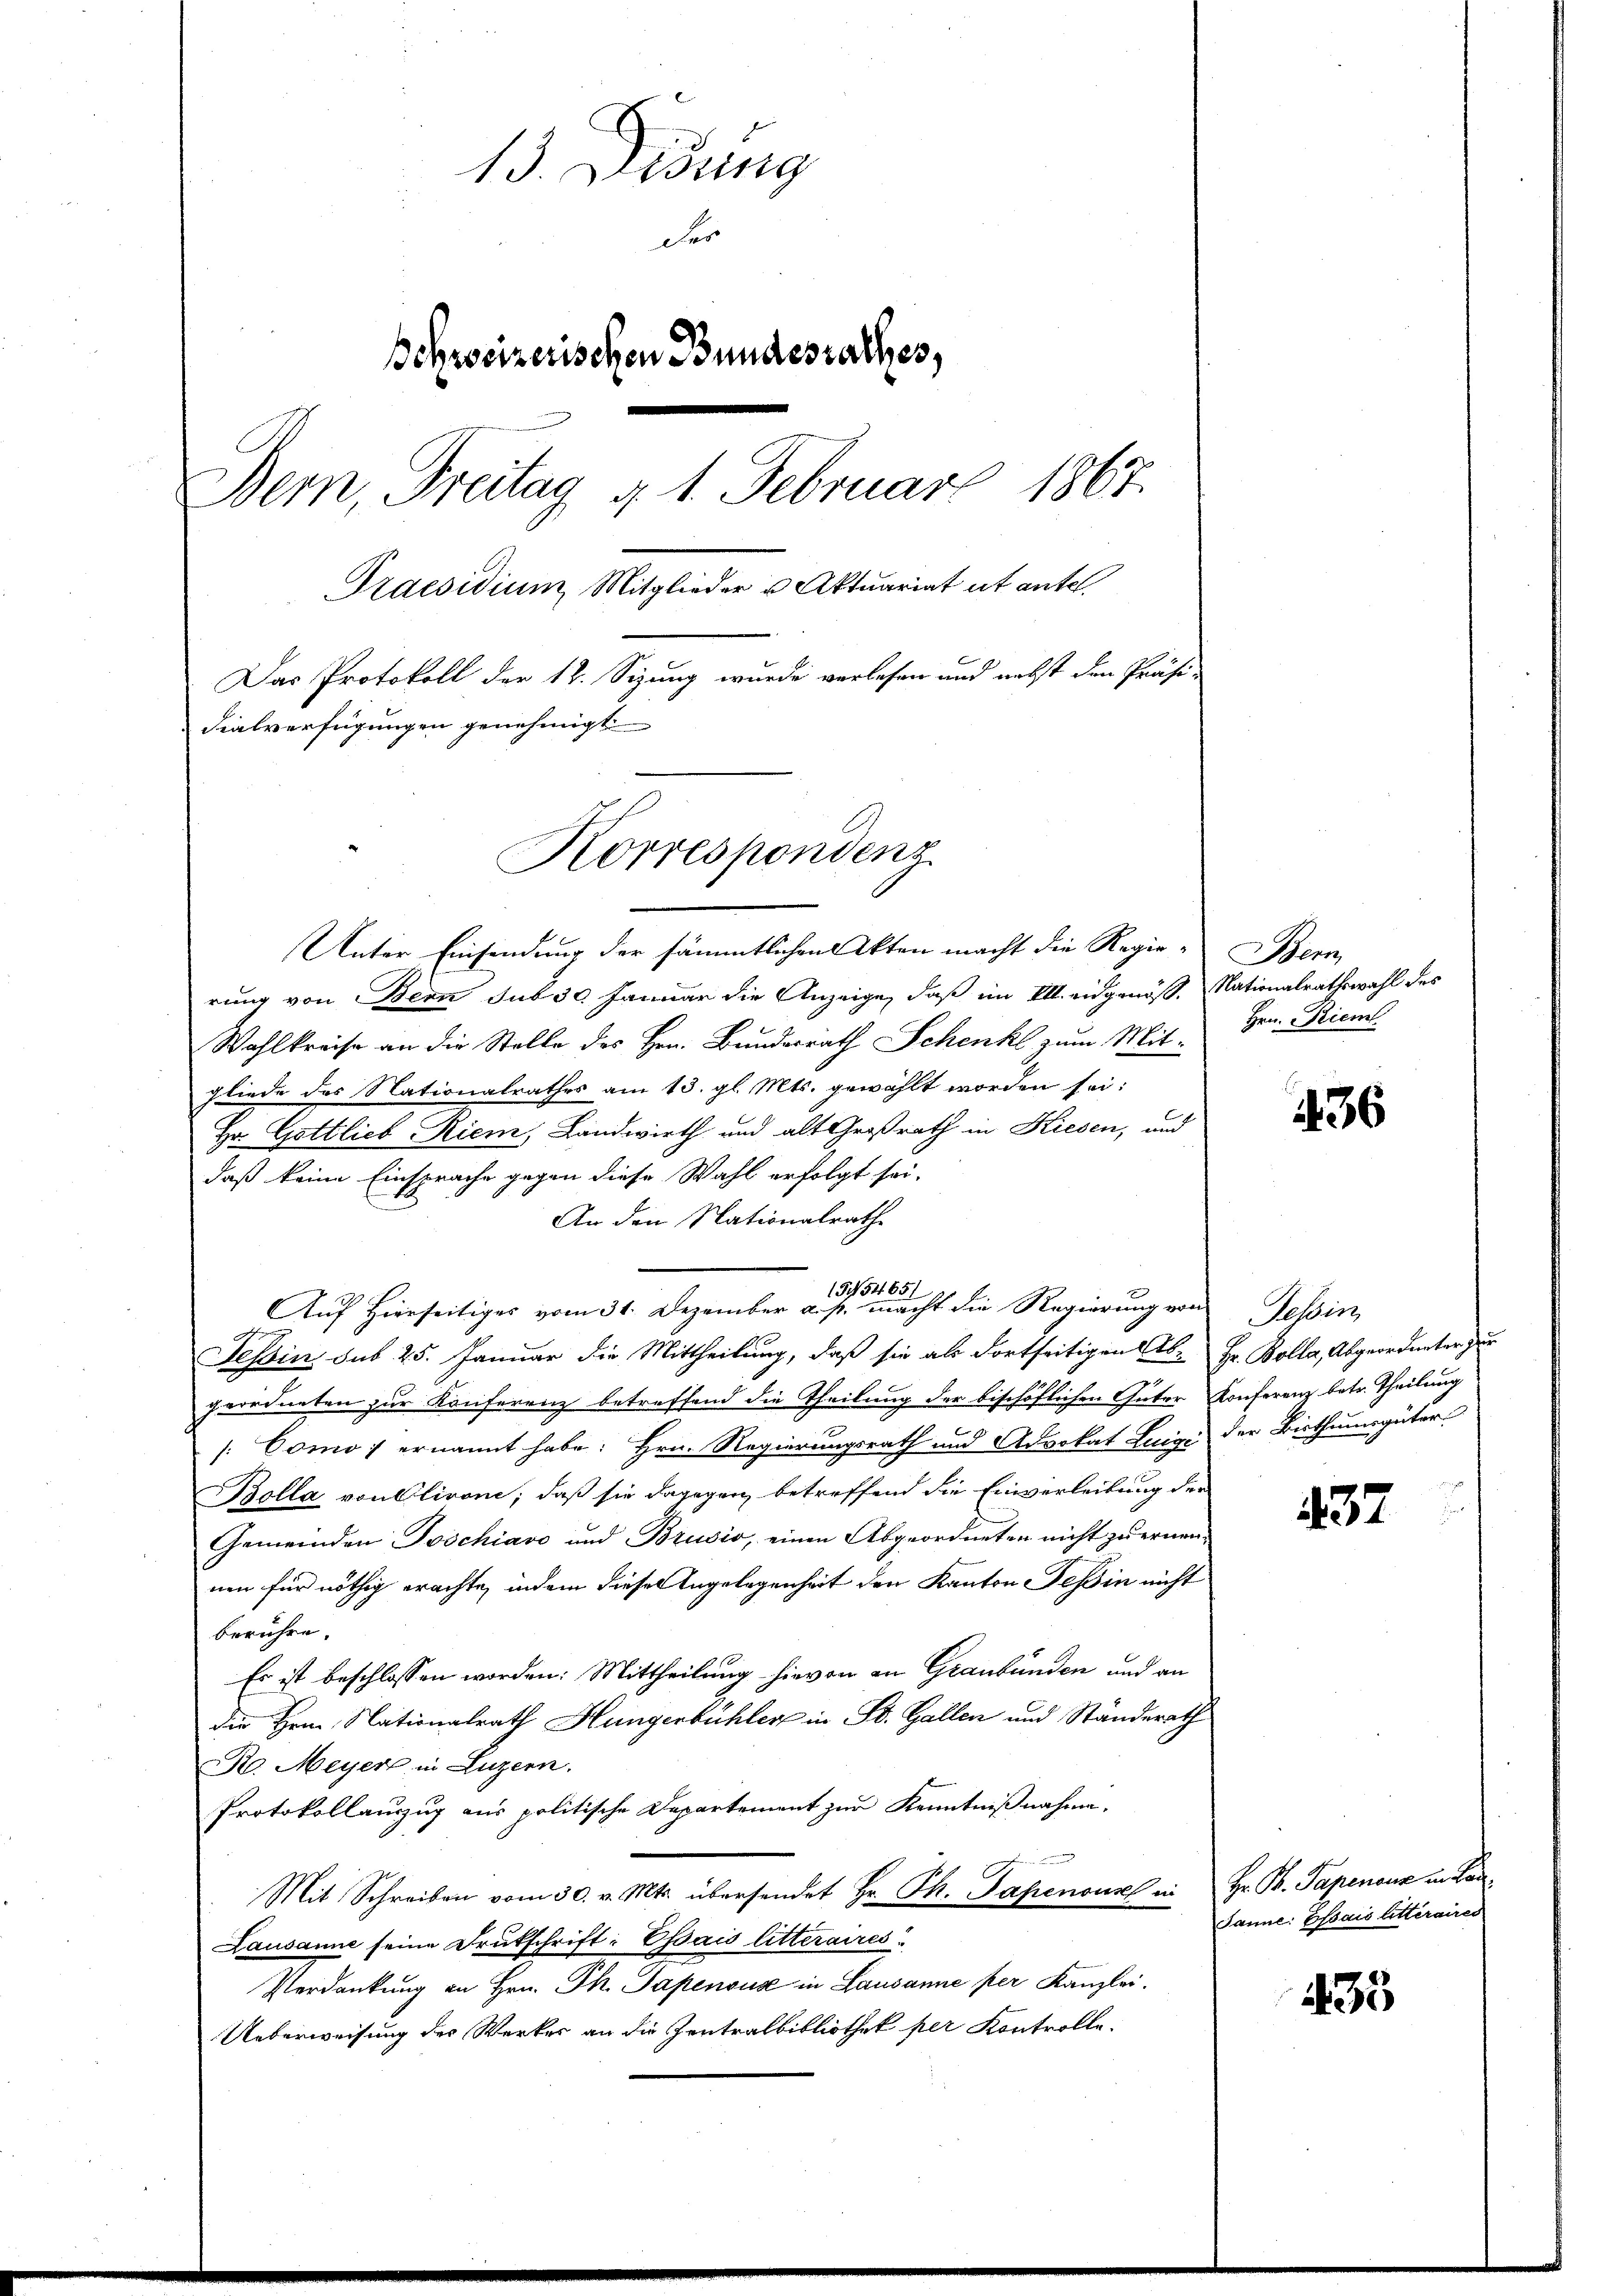
13. Didung
der
Bohrosizerischen Bundesrathes,
Bern, Freitag 4. 1. Februar 1867.
Praesidium Mitglieder u. Aktuariat ut antel.
Das Protokoll der 12. Sizung wurde verlesen und nebst den Präsi-
dialverfügungen genehmigt.
Korrespondenz

Unter Einsendung der sämmtlichen Akten macht die Regie-Bern
rung von Bern sub 30 Januar die Anzeige, daß im Ill. eidgenöß. Nationalrathswahl des
Wahlkreise an die Stelle des Hrn. Bundesrath Schenk zum Mitgliede des Nationalrathes am 13. gl. Mts. gewählt worden sei:
Hr. Gottlieb Riem, Landwirth und alt Großrath in Kiesen, und
daß keine Einsprache gegen diese Wahl erfolgt sei.
An den Nationalrathe
1545465/
Auf Hierseitiges vom 31. Dezember a. p. macht die Regierung von Tessin,
Tessin sub 25. Januar die Mittheilung, daß sie als dortseitigen Ab- Fr. Bolla, Abgeordneter zur
geordneten zur Konferenz betreffend die Theilung der bischöflichen Güter Konferenz betr. Theilung
x
[: Como ; ernannt habe. Hrn. Regierungsrath und Advokat Luigi der Bisthumsgüter
Bolla von Clivone; daß sie dagegen betreffend die Einverleibung der
Gemeinden Poschiavo und Brusio, einen Abgeordneten nicht zu ernennen für nöthig erachte, indem diesen Angelegenheit den Kanton Teßin nicht
berühre.
Es ist beschlossen worden. Mittheilung hievon an Graubünden und an
die Hrn. Nationalrath Hungerbühler in St. Gallen und Ständerath
R. Meyer in Luzern.
Protokollauszug aus politische Departement zur Kenntnißnahme.
mmung
Mit Schreiben vom 30. v. Mts. übersendet Hr. Th. Papenone an Hr. P. Papenone in Lan
Lausanne seine Drukschrift: Essais litteraires
Perdankung an Hrn. Ph. Papenous in Lausanne per Kanzlei.
Ueberweisung des Werker an die Zentralbibliothek per Kontrolle.

Hrn. Diem

436

37

Janne: Essais litteraires

435